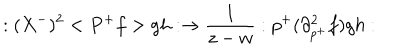
: ( X ^ { - } ) ^ { 2 } < P ^ { + } f > g h : \rightarrow \frac 1 { z - w } : p ^ { + } ( \partial _ { p ^ { + } } ^ { 2 } f ) g h :